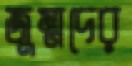
জুম্মদের